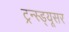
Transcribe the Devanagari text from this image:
ट्रन्स्ड्यूसर